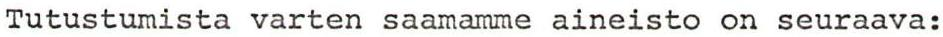
Tutustumista varten saamamme aineisto on seuraava: